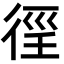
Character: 𢔉